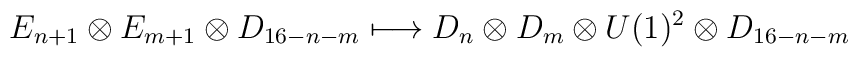
E_{n+1} \otimes E_{m+1} \otimes D_{16-n-m} \longmapsto D_n \otimes D_m \otimes U(1)^2 \otimes D_{16-n-m}